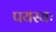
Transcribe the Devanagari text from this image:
पयस्यः